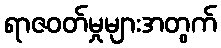
ရာဇဝတ်မှုများအတွက်